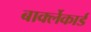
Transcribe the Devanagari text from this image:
बार्क्लेकार्ड